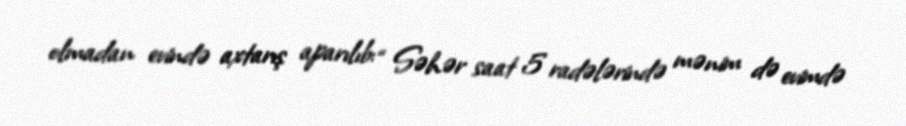
olmadan evində axtarış aparılıb: “ Səhər saat 5 radələrində mənim də evimdə